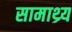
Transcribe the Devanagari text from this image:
सामाथ्र्य